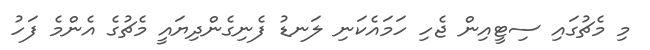
މި މެޗުގައި ސިޓީއިން ޖެހި ހަމައެކަނި ލަނޑު ފެނިގެންދިޔައީ މެޗުގެ އެންމެ ފަހު